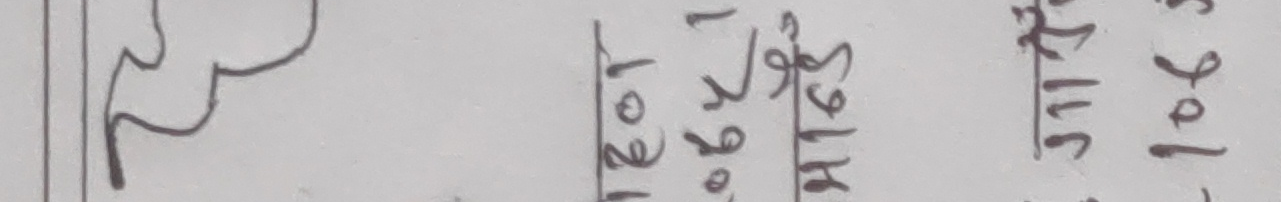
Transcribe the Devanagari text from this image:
१ १० ४ २९ १६ ३११ १०६